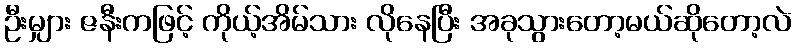
ဦးမျှား ဇနီးကဖြင့် ကိုယ့်အိမ်သား လိုနေပြီး အခုသွားတော့မယ်ဆိုတော့လဲ